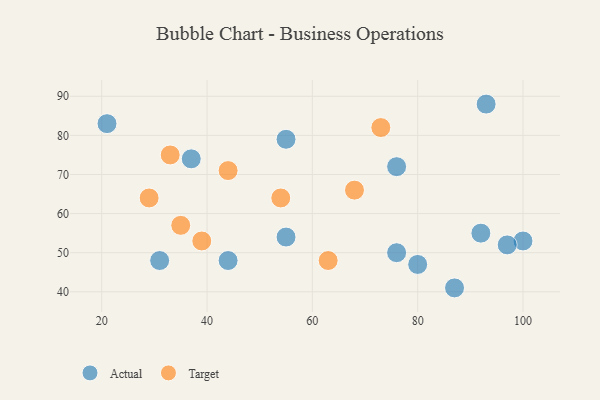
{"axis": {"x": "GDP", "y": "Life Expectancy"}, "legend": ["Actual", "Target"], "data": [{"x": "55", "y": 54, "type": "Actual"}, {"x": "76", "y": 72, "type": "Actual"}, {"x": "76", "y": 50, "type": "Actual"}, {"x": "100", "y": 53, "type": "Actual"}, {"x": "87", "y": 41, "type": "Actual"}, {"x": "97", "y": 52, "type": "Actual"}, {"x": "21", "y": 83, "type": "Actual"}, {"x": "80", "y": 47, "type": "Actual"}, {"x": "93", "y": 88, "type": "Actual"}, {"x": "37", "y": 74, "type": "Actual"}, {"x": "55", "y": 79, "type": "Actual"}, {"x": "92", "y": 55, "type": "Actual"}, {"x": "31", "y": 48, "type": "Actual"}, {"x": "44", "y": 48, "type": "Actual"}, {"x": "73", "y": 82, "type": "Target"}, {"x": "44", "y": 71, "type": "Target"}, {"x": "29", "y": 64, "type": "Target"}, {"x": "68", "y": 66, "type": "Target"}, {"x": "35", "y": 57, "type": "Target"}, {"x": "54", "y": 64, "type": "Target"}, {"x": "39", "y": 53, "type": "Target"}, {"x": "63", "y": 48, "type": "Target"}, {"x": "33", "y": 75, "type": "Target"}]}